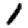
Digit: 1